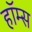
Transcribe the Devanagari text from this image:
हॉम्स